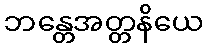
ဘန္တေအတ္တနိယေ